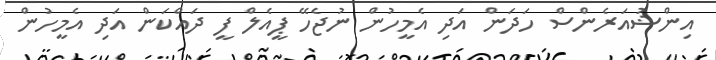
އިންޝުއަރެންސް ހަދަން އަދި އެމީހުން ނުޖެހޭ ޕީއެލް ފީ ދައްކަން އަދި އެމީހުން